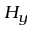
H _ { y }